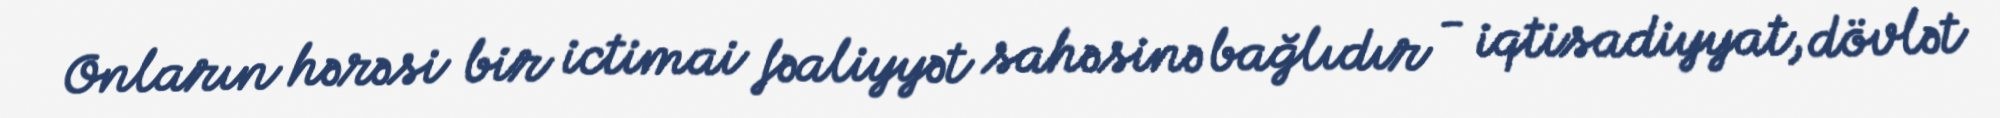
Onların hərəsi bir ictimai fəaliyyət sahəsinə bağlıdır - iqtisadiyyat, dövlət